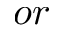
o r